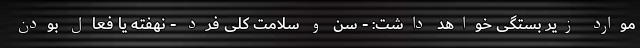
موارد زیر بستگی خواهد داشت: - سن و سلامت کلی فرد - نهفته یا فعال بودن